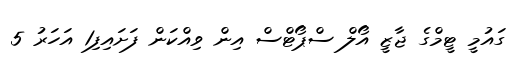
ގައުމީ ޓީމްގެ ޖާޒީ އޯލް ސްޕޯޓްސް އިން ވިއްކަން ފަށައިފި1 އަހަރު 5